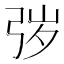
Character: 㢷